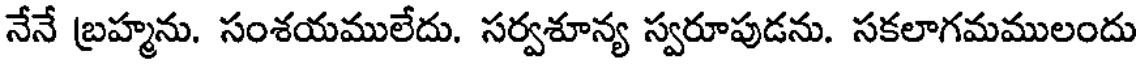
నేనే బ్రహ్మను. సంశయములేదు. సర్వశూన్య స్వరూపుడను. సకలాగమములందు